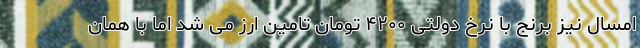
امسال نیز برنج با نرخ دولتی ۴۲۰۰ تومان تامین ارز می شد اما با همان